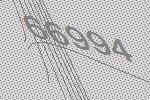
66994